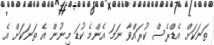
ތަނަކަށް އެޑްރެސް ކުރައްވާ ނަމަ އެންމެ ކުޑަ މިނުން އެ ތަނަކަށް އެ